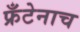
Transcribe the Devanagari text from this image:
फ्रँटेनाच